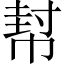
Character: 幇